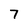
Character: 7